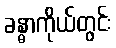
ခန္ဓာကိုယ်တွင်း